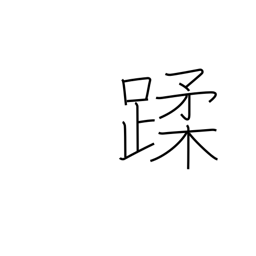
Meaning: step on